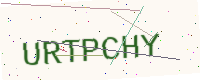
Text: URTPCHY